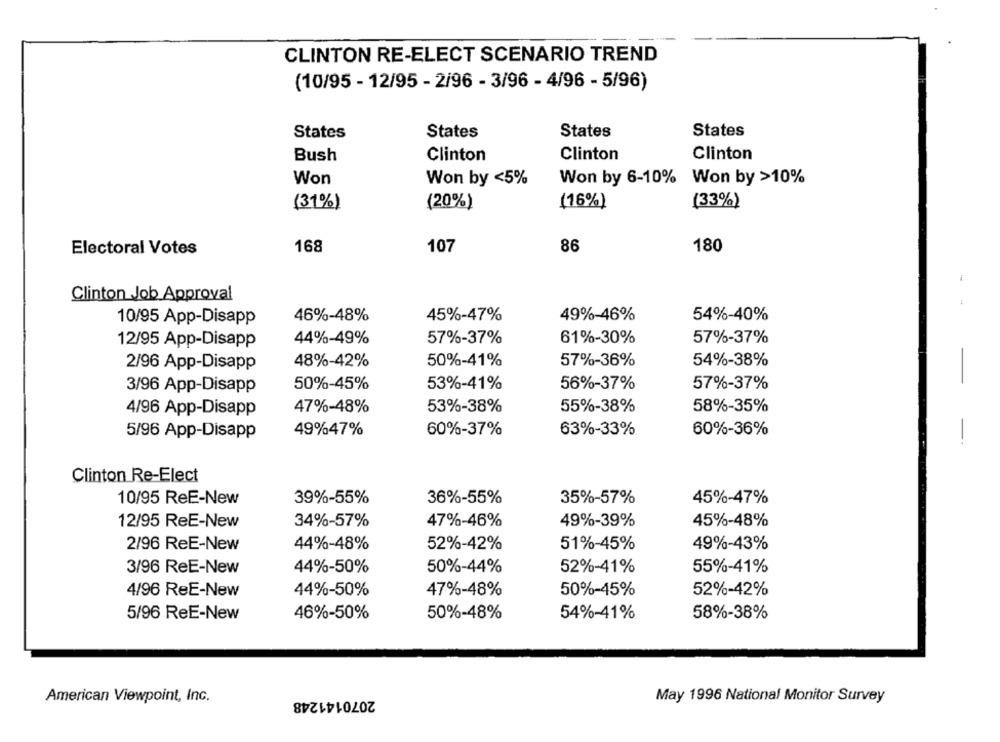
CLINTON RE-ELECT SCENARIO TREND
(10/95 - 12/95 - 2/96 - 3/96 - 4/96 - 5/96)
States
States
States
States
Clinton
Bush
Clinton
Clinton
Won
Won by <5%
Won by 6-10% Won by >10%
(31%)
(20%)
(16%)
(33%)
Electoral Votes
168
107
86
180
Clinton Job Approval
46%-48%
45%-47%
49%-46%
54%-40%
10/95 App-Disapp
44%-49%
57%-37%
61%-30%
57%-37%
12/95 App-Disapp
48%-42%
50%-41%
57%-36%
54%-38%
2/96 App-Disapp
50%-45%
53%-41%
56%-37%
57%-37%
3/96 App-Disapp
47%-48%
53%-38%
55%-38%
58%-35%
4/96 App-Disapp
49%47%
60%-37%
60%-36%
5/96 App-Disapp
63%-33%
Clinton Re-Elect
10/95 ReE-New
39%-55%
36%-55%
35%-57%
45%-47%
12/95 ReE-New
34%-57%
47%-46%
49%-39%
45%-48%
2/96 ReE-New
44%-48%
52%-42%
51%-45%
49%-43%
3/96 ReE-New
44%-50%
50%-44%
52%-41%
55%-41%
4/96 ReE-New
44%-50%
47%-48%
50%-45%
52%-42%
5/96 ReE-New
46%-50%
50%-48%
54%-41%
58%-38%
American Viewpoint, Inc.
2070141248
May 1996 National Monitor Survey